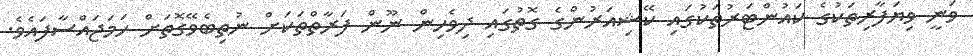
ވަނީ ވިޔަފާރިތަކުގެ ކައުންޓަރުތަކުގައި ކޭޝިއަރުންގެ ގޮތުގައި ދިވެހިން ނޫން ފަރާތްތަކަށް ނުތިބެވޭގޮތަށް ހަމަޖައްސާފައެވެ.